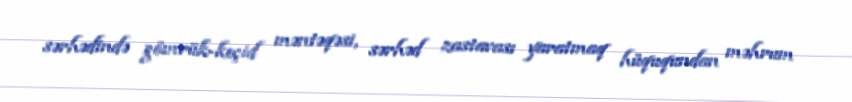
sərhədində gömrük-keçid məntəqəsi, sərhəd zastavası yaratmaq hüququndan məhrum